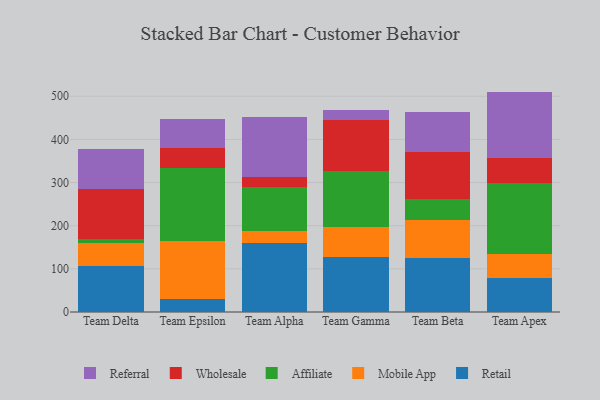
{"axis": {"x": "Team", "y": "Active Users"}, "legend": ["Affiliate", "Mobile App", "Referral", "Retail", "Wholesale"], "data": [{"x": "Team Delta", "y": 107.0, "type": "Retail"}, {"x": "Team Delta", "y": 52.4, "type": "Mobile App"}, {"x": "Team Delta", "y": 9.9, "type": "Affiliate"}, {"x": "Team Delta", "y": 115.8, "type": "Wholesale"}, {"x": "Team Delta", "y": 93.1, "type": "Referral"}, {"x": "Team Epsilon", "y": 30.1, "type": "Retail"}, {"x": "Team Epsilon", "y": 134.2, "type": "Mobile App"}, {"x": "Team Epsilon", "y": 169.9, "type": "Affiliate"}, {"x": "Team Epsilon", "y": 44.9, "type": "Wholesale"}, {"x": "Team Epsilon", "y": 67.6, "type": "Referral"}, {"x": "Team Alpha", "y": 160.2, "type": "Retail"}, {"x": "Team Alpha", "y": 27.2, "type": "Mobile App"}, {"x": "Team Alpha", "y": 101.6, "type": "Affiliate"}, {"x": "Team Alpha", "y": 22.9, "type": "Wholesale"}, {"x": "Team Alpha", "y": 139.1, "type": "Referral"}, {"x": "Team Gamma", "y": 127.2, "type": "Retail"}, {"x": "Team Gamma", "y": 70.9, "type": "Mobile App"}, {"x": "Team Gamma", "y": 128.5, "type": "Affiliate"}, {"x": "Team Gamma", "y": 119.5, "type": "Wholesale"}, {"x": "Team Gamma", "y": 21.9, "type": "Referral"}, {"x": "Team Beta", "y": 125.8, "type": "Retail"}, {"x": "Team Beta", "y": 87.2, "type": "Mobile App"}, {"x": "Team Beta", "y": 48.1, "type": "Affiliate"}, {"x": "Team Beta", "y": 109.0, "type": "Wholesale"}, {"x": "Team Beta", "y": 92.7, "type": "Referral"}, {"x": "Team Apex", "y": 78.5, "type": "Retail"}, {"x": "Team Apex", "y": 55.9, "type": "Mobile App"}, {"x": "Team Apex", "y": 164.1, "type": "Affiliate"}, {"x": "Team Apex", "y": 57.6, "type": "Wholesale"}, {"x": "Team Apex", "y": 154.7, "type": "Referral"}]}